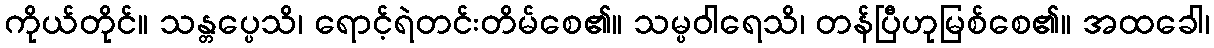
ကိုယ်တိုင်။ သန္တပ္ပေသိ၊ ရောင့်ရဲတင်းတိမ်စေ၏။ သမ္ပဝါရေသိ၊ တန်ပြီဟုမြစ်စေ၏။ အထခေါ၊